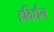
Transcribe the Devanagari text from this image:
हविर्धन